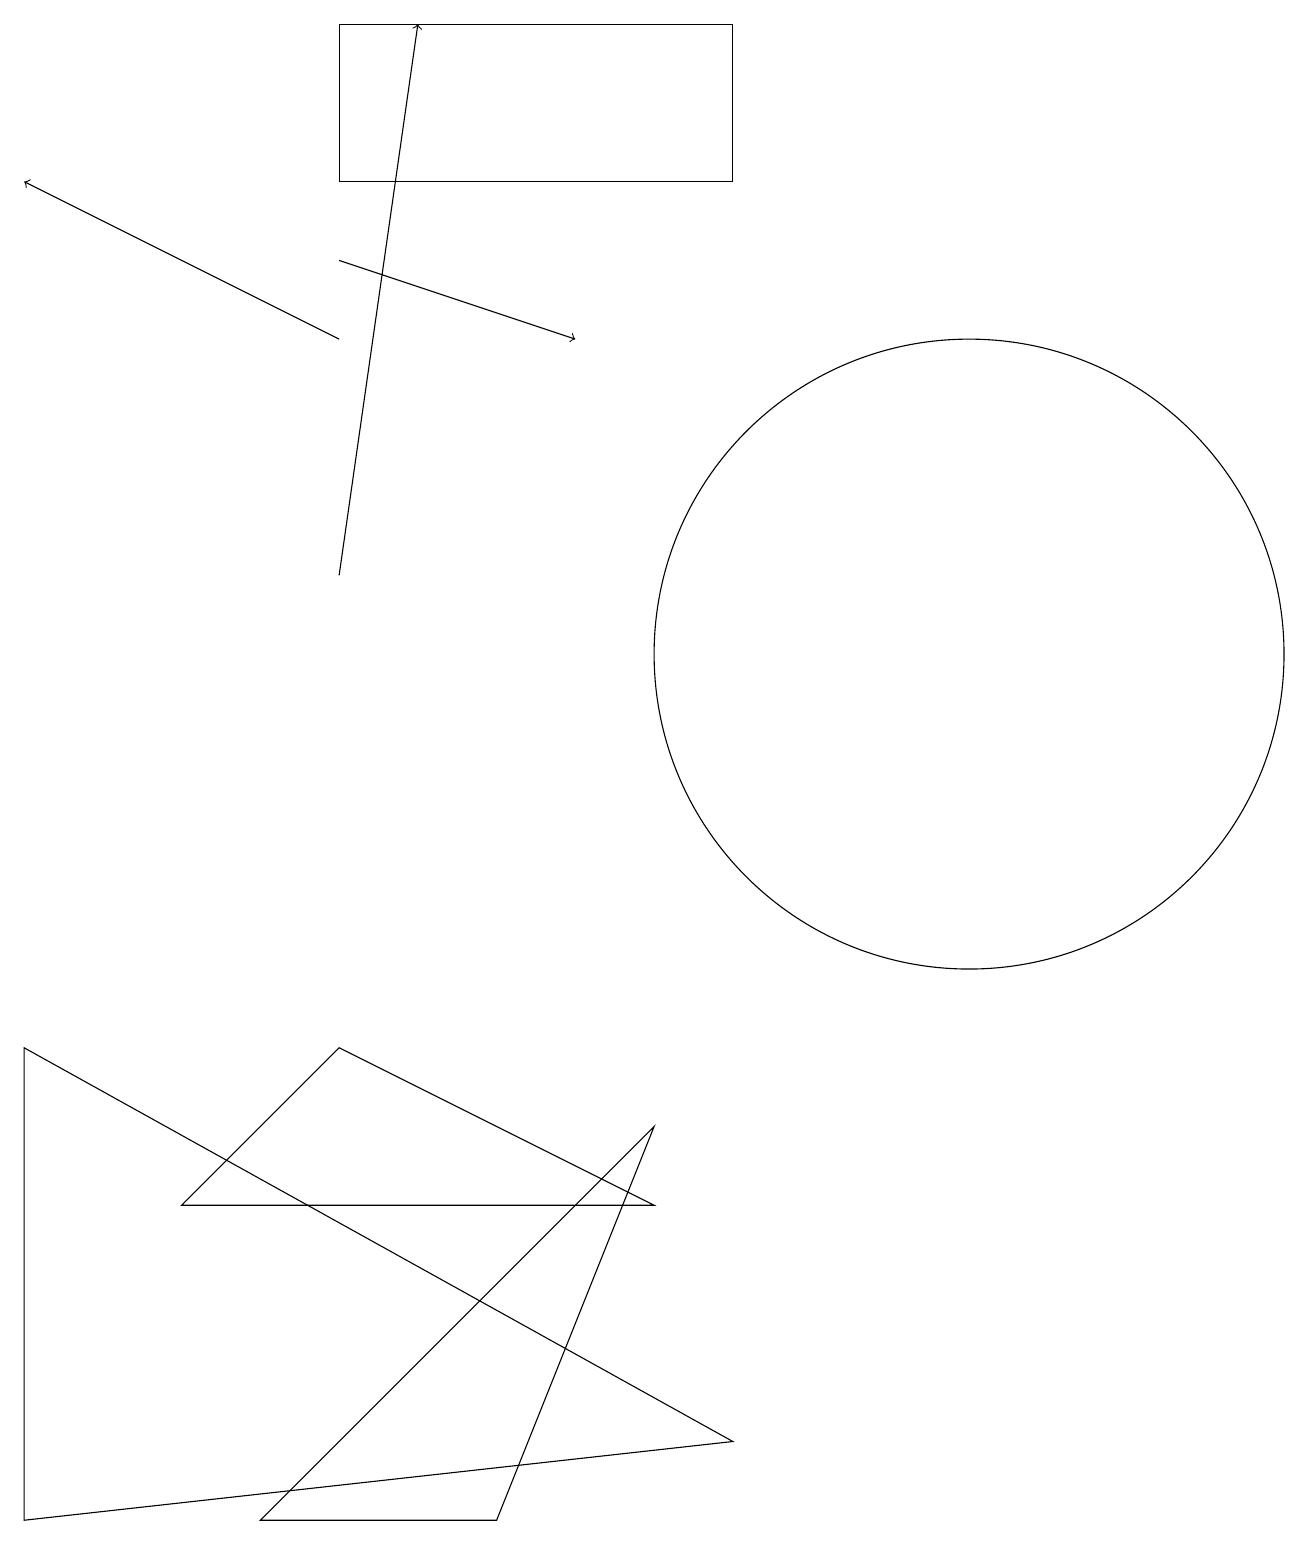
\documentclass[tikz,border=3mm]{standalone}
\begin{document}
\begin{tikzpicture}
\draw[->] (4,16) -- (7,15);
\draw[->] (4,15) -- (0,17);
\draw (12,11) circle (4);
\draw (9,19) rectangle (4,17);
\draw (4,6) -- (2,4) -- (8,4) -- cycle;
\draw[->] (4,12) -- (5,19);
\draw (3,0) -- (6,0) -- (8,5) -- cycle;
\draw (0,6) -- (9,1) -- (0,0) -- cycle;
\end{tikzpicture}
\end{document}